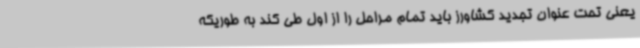
یعنی تحت عنوان تجدید کشاورز باید تمام مراحل را از اول طی کند به طوریکه